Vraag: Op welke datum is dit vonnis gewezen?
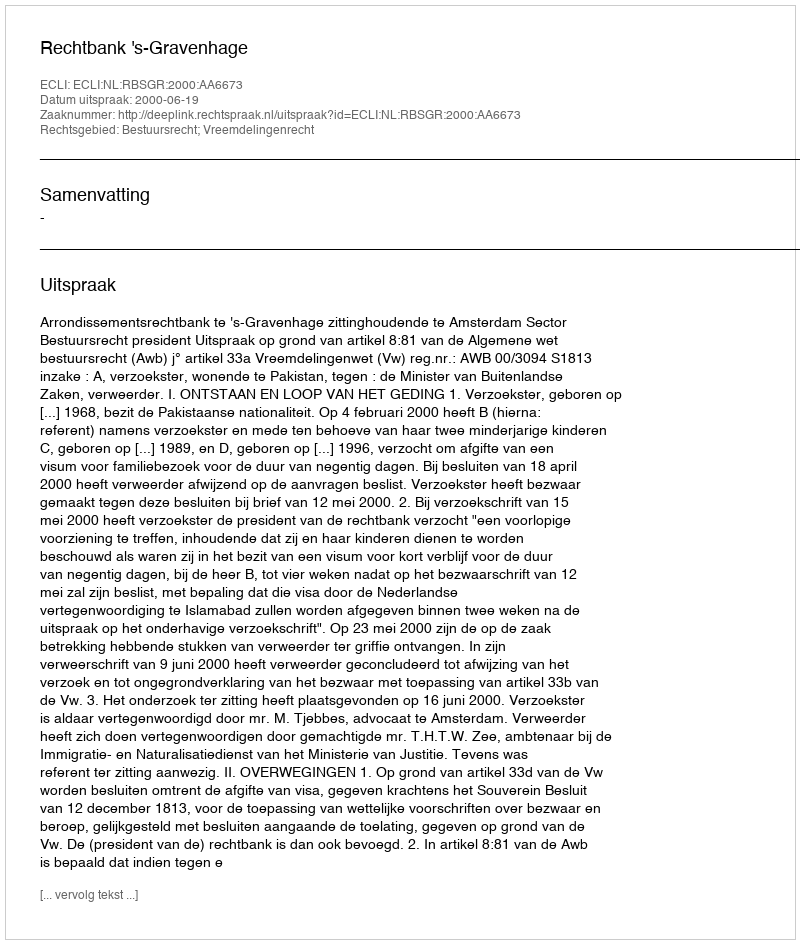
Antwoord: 2000-06-19